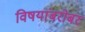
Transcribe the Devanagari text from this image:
विषयांबरोबर